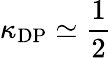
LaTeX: \kappa_{\mathrm{DP}}\simeq\frac{1}{2}